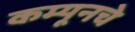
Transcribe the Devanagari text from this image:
कम्यूनचे